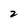
Character: 2